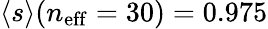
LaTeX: \langle s\rangle(n_{\mathrm{eff}}=30)=0.975